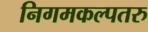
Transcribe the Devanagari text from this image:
निगमकल्पतरु